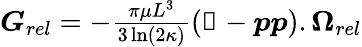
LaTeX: \begin{array}{r}{\boldsymbol{G}_{\textit{rel}}=-\frac{\pi\mu L^{3}}{3\ln(2\kappa)}(\mathbb{1}-\boldsymbol{p}\boldsymbol{p}).\boldsymbol{\Omega}_{\textit{rel}}}\end{array}